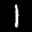
Label: 1